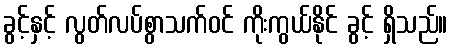
ခွင့်နှင့် လွတ်လပ်စွာသက်ဝင် ကိုးကွယ်နိုင် ခွင့် ရှိသည်။